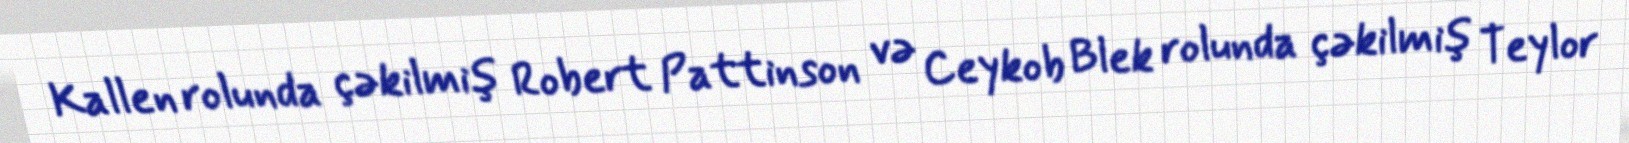
Kallen rolunda çəkilmiş Robert Pattinson və Ceykob Blek rolunda çəkilmiş Teylor